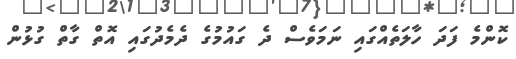
ކޮންމެ ފަދަ ހާލަތެއްގައި ނަމަވެސް ދެ ގައުމުގެ ދެމެދުގައި އޮތް ގާތް ގުޅުން